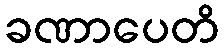
ခဏာပေတိ